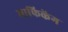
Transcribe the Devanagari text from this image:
माफिकेंग